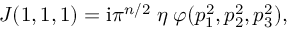
J ( 1 , 1 , 1 ) = { \mathrm { i } } \pi ^ { n / 2 } \; \eta \; \varphi ( p _ { 1 } ^ { 2 } , p _ { 2 } ^ { 2 } , p _ { 3 } ^ { 2 } ) ,